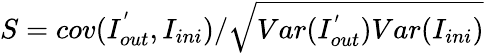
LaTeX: S=cov({I}_{out}^{'},{I}_{ini})/\sqrt{Var({I}_{out}^{'})Var({I}_{ini})}